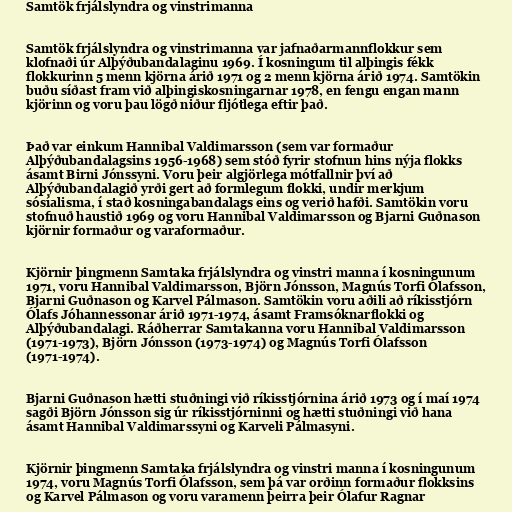
Samtök frjálslyndra og vinstrimanna

Samtök frjálslyndra og vinstrimanna var jafnaðarmannflokkur sem
klofnaði úr Alþýðubandalaginu 1969. Í kosningum til alþingis fékk
flokkurinn 5 menn kjörna árið 1971 og 2 menn kjörna árið 1974. Samtökin
buðu síðast fram við alþingiskosningarnar 1978, en fengu engan mann
kjörinn og voru þau lögð niður fljótlega eftir það.

Það var einkum Hannibal Valdimarsson (sem var formaður
Alþýðubandalagsins 1956-1968) sem stóð fyrir stofnun hins nýja flokks
ásamt Birni Jónssyni. Voru þeir algjörlega mótfallnir því að
Alþýðubandalagið yrði gert að formlegum flokki, undir merkjum
sósíalisma, í stað kosningabandalags eins og verið hafði. Samtökin voru
stofnuð haustið 1969 og voru Hannibal Valdimarsson og Bjarni Guðnason
kjörnir formaður og varaformaður.

Kjörnir þingmenn Samtaka frjálslyndra og vinstri manna í kosningunum
1971, voru Hannibal Valdimarsson, Björn Jónsson, Magnús Torfi Ólafsson,
Bjarni Guðnason og Karvel Pálmason. Samtökin voru aðili að ríkisstjórn
Ólafs Jóhannessonar árið 1971-1974, ásamt Framsóknarflokki og
Alþýðubandalagi. Ráðherrar Samtakanna voru Hannibal Valdimarsson
(1971-1973), Björn Jónsson (1973-1974) og Magnús Torfi Ólafsson
(1971-1974).

Bjarni Guðnason hætti stuðningi við ríkisstjórnina árið 1973 og í maí 1974
sagði Björn Jónsson sig úr ríkisstjórninni og hætti stuðningi við hana
ásamt Hannibal Valdimarssyni og Karveli Pálmasyni.

Kjörnir þingmenn Samtaka frjálslyndra og vinstri manna í kosningunum
1974, voru Magnús Torfi Ólafsson, sem þá var orðinn formaður flokksins
og Karvel Pálmason og voru varamenn þeirra þeir Ólafur Ragnar